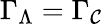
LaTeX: \Gamma_{\Lambda}=\Gamma_{\cal C}